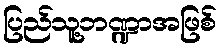
ပြည်သူ့ဘဏ္ဍာအဖြစ်